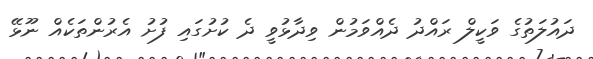
ދައުލަތުގެ ވަކީލް ރައްދު ދެއްވަމުން ވިދާޅުވީ ދެ ކުށުގައި ފުށު އެރުންތަކެއް ނޫޅޭ